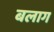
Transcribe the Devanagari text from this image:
बलाग